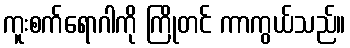
ကူးစက်ရောဂါကို ကြိုတင် ကာကွယ်သည်။